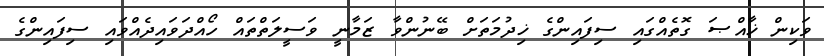
ވަކިން ޚާއްޞަ ގޮތެއްގައި ސިފައިންގެ ޚިދުމަތަށް ބޭނުންވާ ޒަމާނީ ވަސީލަތްތައް ހޯއްދަވައިދެއްވައި ސިފައިންގެ